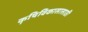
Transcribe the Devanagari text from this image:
कॄषिविकासासाठी